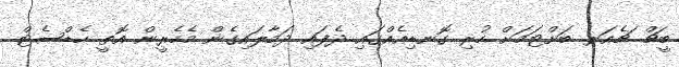
ބީޗް ޗެއަރ ބަށްޓަމަށް ހުރި ގޮނޑިއެއްގައި ދެފައި ދަމާލައިގެން މެހެރީން އޮތީ ހެޑްސެޓް